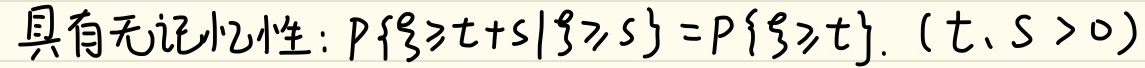
具有无记忆性：\(P\{\xi\geqslant t + s|\xi\geqslant s\}=P\{\xi\geqslant t\}\)。\((t,s > 0)\)